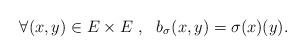
LaTeX: \begin{align*}\forall (x,y)\in E\times E\ , \ \ b_{\sigma} (x,y)=\sigma(x)(y).\end{align*}